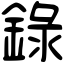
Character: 錄